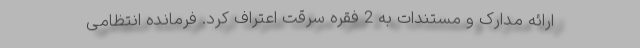
ارائه مدارک و مستندات به 2 فقره سرقت اعتراف کرد. فرمانده انتظامی